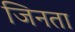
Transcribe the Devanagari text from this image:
जिनता